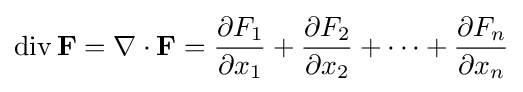
\operatorname {div} \mathbf {F} =\nabla \cdot \mathbf {F} ={\frac {\partial F_{1}}{\partial x_{1}}}+{\frac {\partial F_{2}}{\partial x_{2}}}+\cdots +{\frac {\partial F_{n}}{\partial x_{n}}}